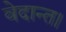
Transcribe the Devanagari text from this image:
वेदान्त।